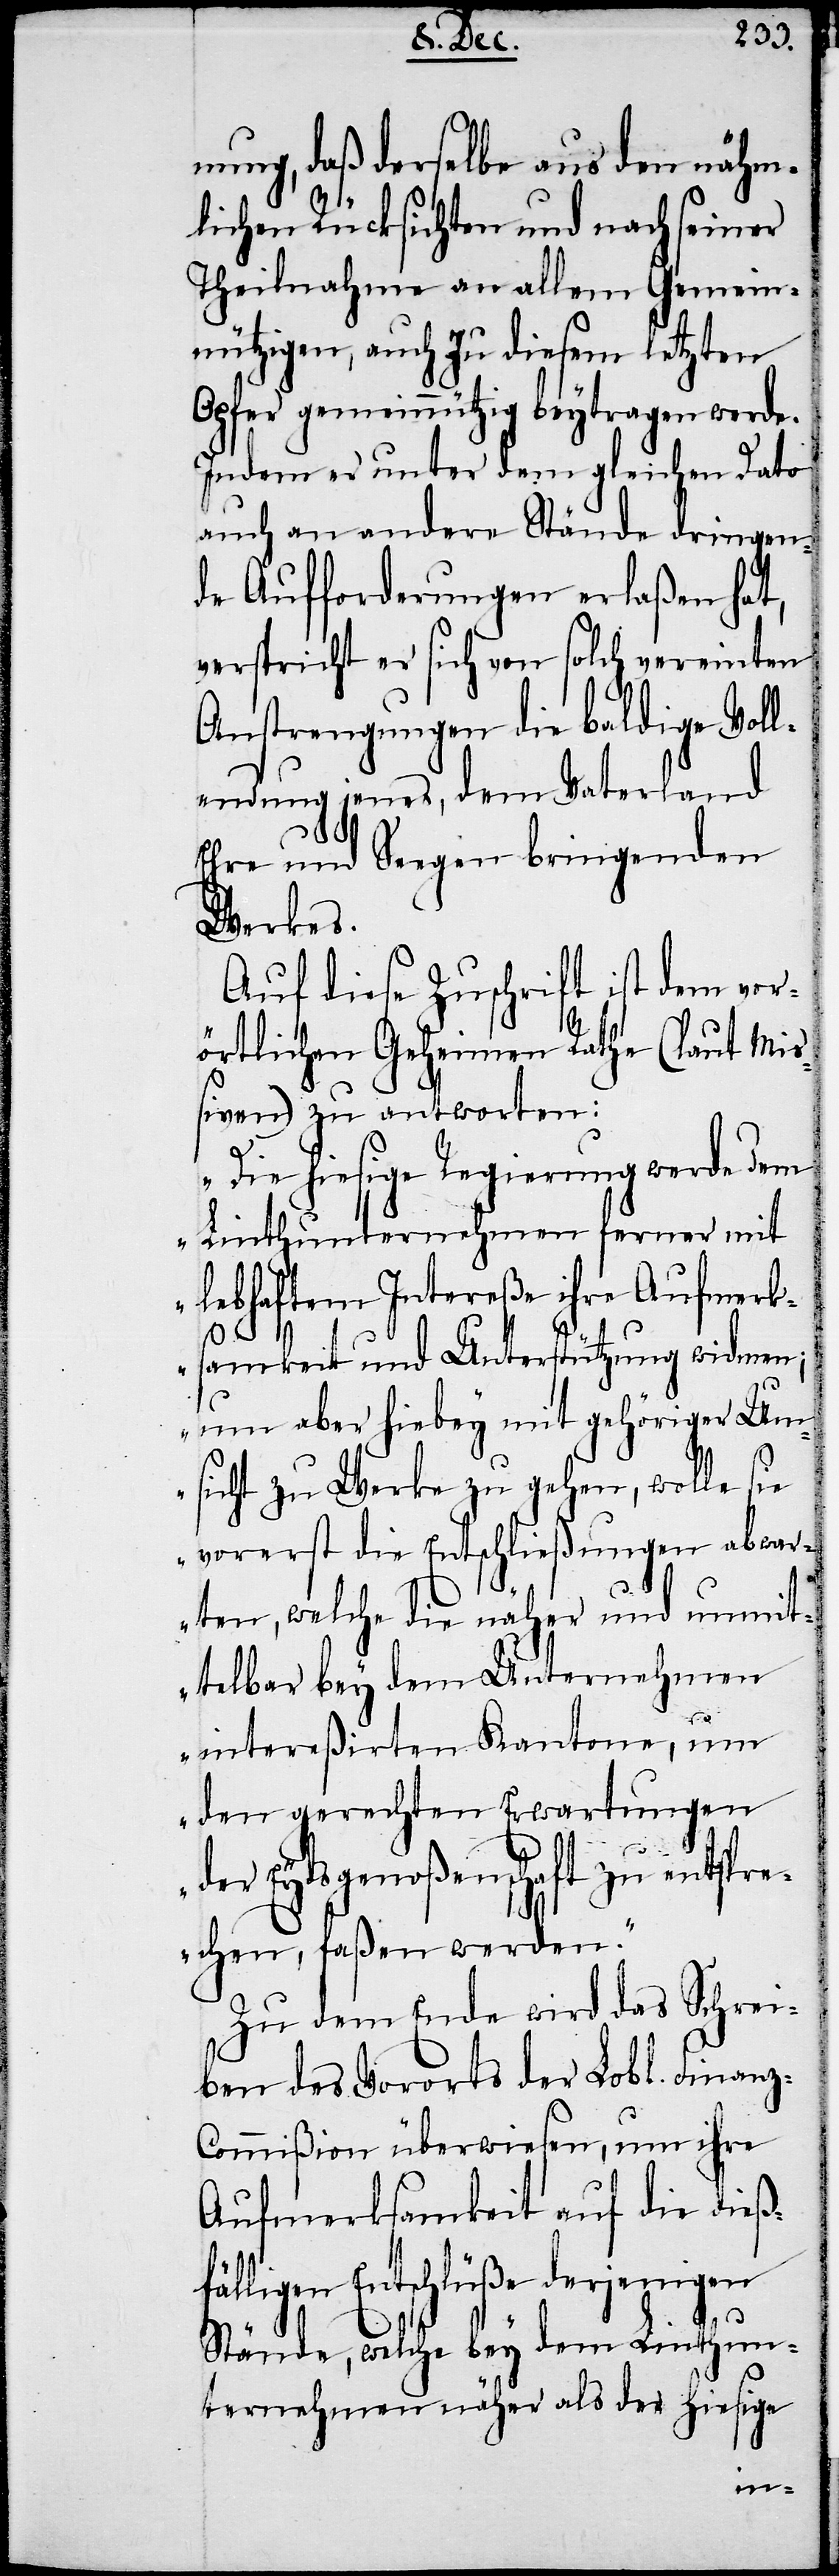
nung, daß derselbe aus den nähm¬
lichen Rücksichten und nach seiner
Theilnahme an allem Gemein¬
nützigen, auch zu diesem letzten
Opfer gemeinnützig beytragen werde.
Indem er unter dem gleichen dato
auch an andere Stände dringen¬
de Aufforderungen erlaßen hat,
verspricht er sich von solch vereinten
Anstrengungen die baldige Voll¬
endung jenes, dem Vaterland
Ehre und Seegen bringenden
Werkes.
Auf diese Zuschrift ist dem vor¬
örtlichen Geheimen Rathe (laut Mi¬
ßiven) zu antworten:
„Die hiesige Regierung werde dem
Linthunternehmen ferner mit
lebhaftem Intereße ihre Aufmerk¬
samkeit und Unterstützung widmen;
um aber hiebey mit gehöriger Um¬
sicht zu Werke zu gehen, wolle sie
vorerst die Entschließungen abwar¬
ten, welche die näher und unmit¬
telbar bey dem Unternehmen
intereßirten Kantone, um
den gerechten Erwartungen
der Eydsgenoßenschaft zu entspr¬
echen, faßen werden.“
Zu dem Ende wird das Schrei¬
ben des Vororts der Lobl. Finan¬
ommißion überwiesen, um ihre
Aufmerksamkeit auf die dieß¬
ligen Entschlüße derjenigen
Stände, welche bey dem Linthun¬
ternehmen näher als der hiesige
fäl¬